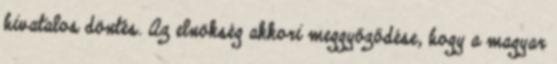
hivatalos döntés. Az elnökség akkori meggyőződése, hogy a magyar